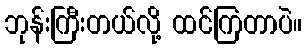
ဘုန်းကြီးတယ်လို့ ထင်ကြတာပဲ။